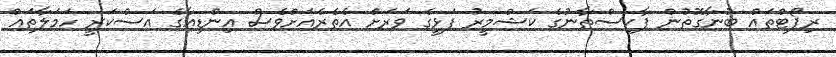
ރިޕޯޓްތައް ބުނާގޮތުން ޕާކިސްތާނުގެ ކަޝްމީރު ފަޅީގެ ވަރަށް އެތެރެއަށްވެސް އިންޑިއާގެ އަސްކަރީ ހަމަލާތައް